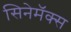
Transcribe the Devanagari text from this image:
सिनेमॅक्स